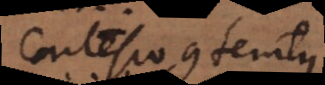
Cartesio contemtus